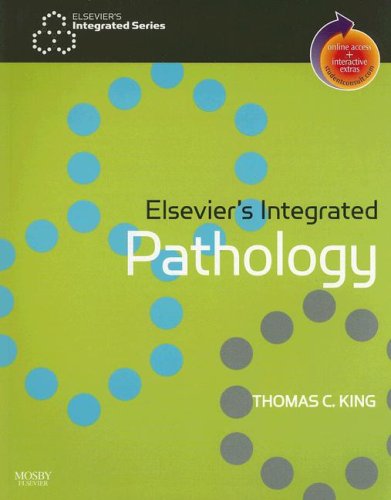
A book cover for Elsevier's Integrated Pathology: With STUDENT CONSULT Online Access, 1e; Thomas King MD  PhD; Medical Books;